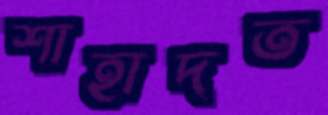
শাহাদত